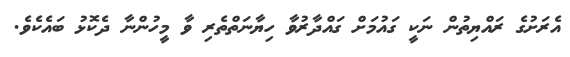
އެރަށުގެ ރައްޔިތުން ނަކީ ގައުމަށް ގައްދާރުވާ ހިޔާނަތްތެރި ވާ މީހުންނާ ދެކޮޅު ބައެކެވެ.